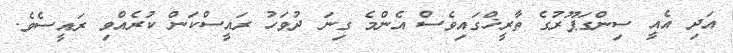
އަދި އެއީ ސިންގަޕޫރުގެ ތާރީޚްގައިވެސް އެންމެ ގިނަ ދުވަހު ރައީސްކަން ކުރެއްވި ރައީސެވެ.